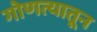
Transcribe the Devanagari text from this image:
गोणत्यातून